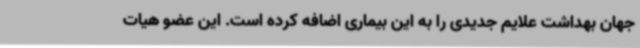
جهان بهداشت علایم جدیدی را به این بیماری اضافه کرده است. این عضو هیات